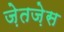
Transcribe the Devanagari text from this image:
ज़ेतज़ेस